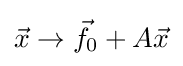
{\vec {x}}\to {\vec {f}}_{0}+A{\vec {x}}